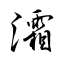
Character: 灀